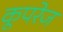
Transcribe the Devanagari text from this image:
कूपरेज